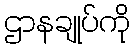
ဌာနချုပ်ကို